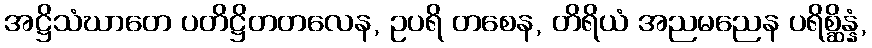
အဋ္ဌိသံဃာတေ ပတိဋ္ဌိတတလေန, ဥပရိ တစေန, တိရိယံ အညမညေန ပရိစ္ဆိန္နံ,